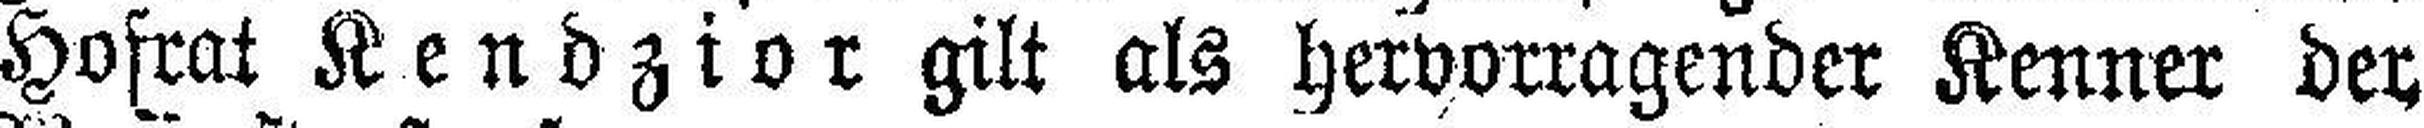
Hofrat Kendzior gilt als hervorragender Kenner der